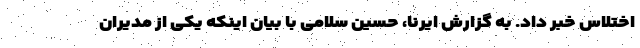
اختلاس خبر داد. به گزارش ایرنا، حسین سلامی با بیان اینکه یکی از مدیران